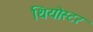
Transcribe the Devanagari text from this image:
थियोस्टर